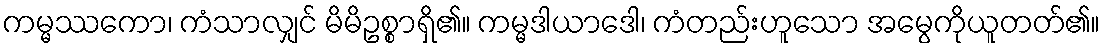
ကမ္မဿကော၊ ကံသာလျှင် မိမိဥစ္စာရှိ၏။ ကမ္မဒါယာဒေါ၊ ကံတည်းဟူသော အမွေကိုယူတတ်၏။